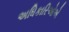
અધિકારિઓએ